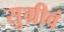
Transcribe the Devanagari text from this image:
सुग्रीवं